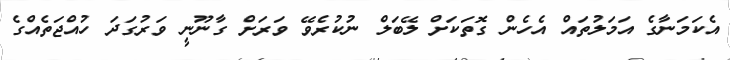
އެކަމަނާގެ އަމަލުތައް އެހެން ގޮތަކަށް ލޭބަލް ނުކުރެވޭ ވަރަށް ގާނޫނީ ވަރުގަދަ ހުއްޖަތެއްގެ